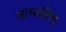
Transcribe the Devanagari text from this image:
आमर्सटेड